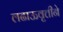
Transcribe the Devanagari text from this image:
लढाऊवृत्तीने